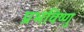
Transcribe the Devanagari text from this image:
प्रभविष्णु